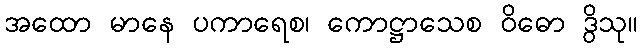
အထော မာနေ ပကာရေစ၊ ကောဋ္ဌာသေစ ဝိဓော ဒွိသု။